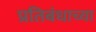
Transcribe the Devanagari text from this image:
प्रतिबंधाच्या